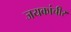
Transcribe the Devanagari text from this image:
जयकांचीर